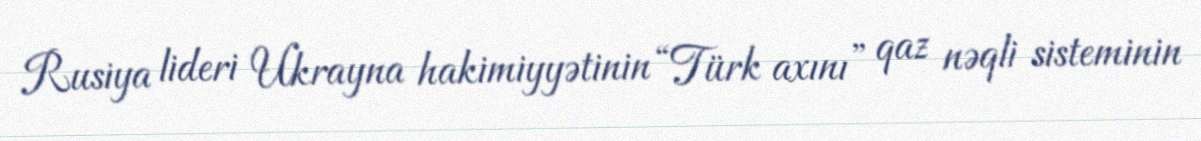
Rusiya lideri Ukrayna hakimiyyətinin “Türk axını” qaz nəqli sisteminin